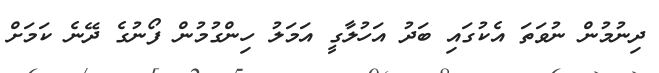
ދިނުމުން ނުވަތަ އެކުގައި ބަދު އަހުލާގީ އަމަލު ހިންގުމުން ފޯނުގެ ދޭނެ ކަމަށް